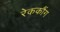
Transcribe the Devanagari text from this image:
रेककौंग